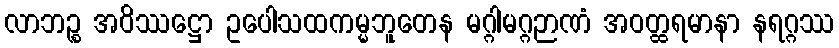
လာဘဉ္စ အဝိဿဋ္ဌော ဥပေါသထကမ္မဘူတေန မဂ္ဂါမဂ္ဂဉာဏံ အဝတ္ထရမာနာ နရဂ္ဂဿ